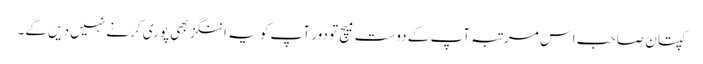
کپتان صاحب اس مرتبہ آپ کے دوست میچ تو دور آپ کو یہ اننگز بھی پوری کرنے نہیں دیں گے۔